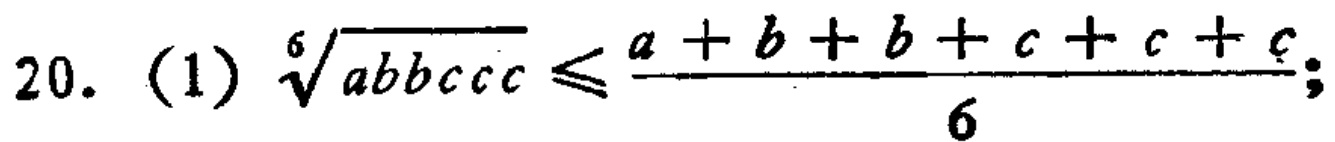
20. (1) $\sqrt[6]{abbccc} \leq \frac{a + b + b + c + c + c}{6}$;